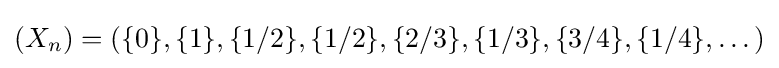
(X_{n})=(\{0\},\{1\},\{1/2\},\{1/2\},\{2/3\},\{1/3\},\{3/4\},\{1/4\},\dots )